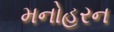
મનોહરન